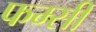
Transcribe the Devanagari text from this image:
फम्सी